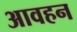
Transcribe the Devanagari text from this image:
आवहन